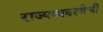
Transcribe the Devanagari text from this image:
राज्यव्यवस्थेची